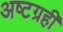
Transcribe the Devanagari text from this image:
अष्टग्रही